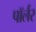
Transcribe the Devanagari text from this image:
पॉर्लर